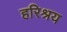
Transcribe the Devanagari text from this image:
हरिश्रय